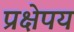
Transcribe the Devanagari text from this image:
प्रक्षेपय